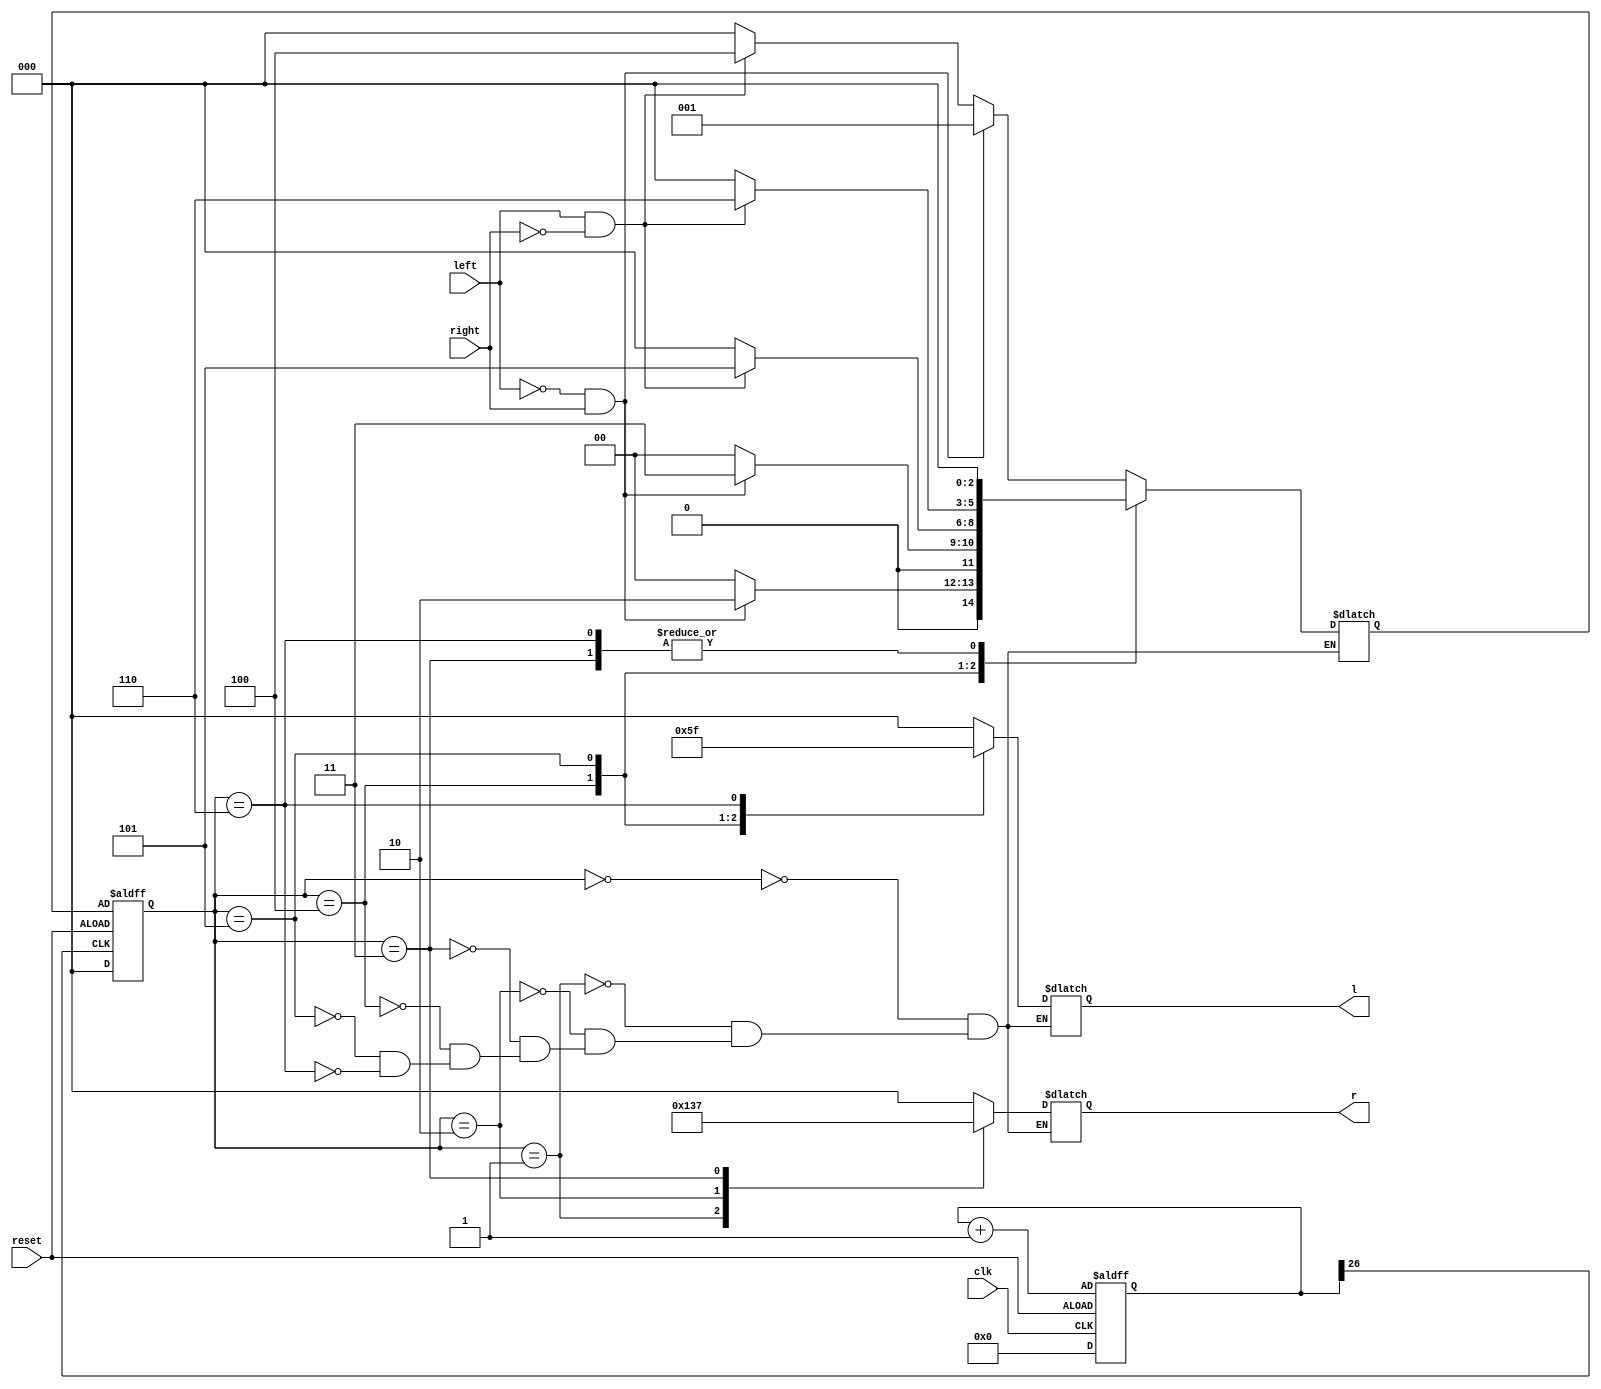
`timescale 1ns / 1ps

module Car_FSM(

input clk,
input reset,
input left,
input right,
output reg [2:0] l,
output reg [2:0] r
    );

//clock divisions for 1 MHz / 2^27 = 2-4 Hz        
    reg [26:0] clk_div;
    always@(posedge clk, negedge reset)
    begin
    if(reset==1)
    clk_div=0;
    else
    clk_div=clk_div+1;
    end

//present and next states    
reg [2:0] ps, ns;

//states of the fsm
parameter s0 = 3'b000,s1 = 3'b001,s2 = 3'b010,s3 = 3'b011,s4 = 3'b100,s5 = 3'b101,s6 = 3'b110;

always @(posedge clk_div[26], negedge reset)
    begin
    if (reset ==1)
    ps=s0;
    else
    ps <= ns;
    end

//following the flow model of the fsm    
always @(ps, left, right)
    begin
    case (ps)
        s0 : begin
            if (left==0 && right==1)      ns = s1;
            else if (left==1 && right==0) ns = s4;
            else                          ns = s0;
            end
        s1 : begin
            if (left==0 && right==1)      ns = s2;
            else                          ns = s0;
            end
        s2 : begin
            if (left==0 && right==1)      ns = s3;
            else                          ns = s0;
            end  
        s3 :ns = s0;
        s4 :begin
            if (left==1 && right==0)      ns = s5;
            else                          ns = s0;
            end
        s5 : begin
            if (left==1 && right==0)      ns = s6;
            else                          ns = s0;
            end  
        s6 :ns = s0;
    endcase 
    end

//output of the lights at the present state of the fsm    
always @(ps)
    case (ps)
    s0 :begin
        l = 3'b000;
        r = 3'b000;
        end
    s1 : begin
        l = 3'b000;
        r = 3'b100;
        end
    s2 : begin
        l = 3'b000;
        r = 3'b110;
        end
    s3 : begin
        l = 3'b000;
        r = 3'b111;
        end
    s4 : begin
        l = 3'b001;
        r = 3'b000;
        end
    s5 : begin
        l = 3'b011;
        r = 3'b000;
        end
    s6 : begin
        l = 3'b111;
        r = 3'b000; 
        end    
    endcase    
        
endmodule